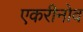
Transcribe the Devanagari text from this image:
एकरीनोव